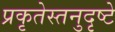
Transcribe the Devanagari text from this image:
प्रकृतेस्तनुदृष्टे